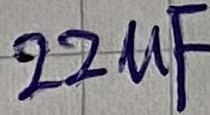
Text: 22uF